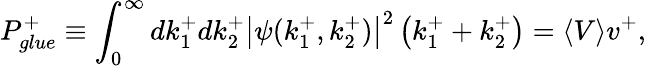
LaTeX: P_{glue}^{+}\equiv\int_{0}^{\infty}dk_{1}^{+}dk_{2}^{+}\left|\psi(k_{1}^{+},k_{2}^{+})\right|^{2}\left(k_{1}^{+}+k_{2}^{+}\right)=\langle V\rangle v^{+},